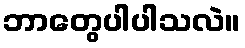
ဘာတွေပါပါသလဲ။